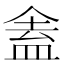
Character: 𬾾